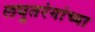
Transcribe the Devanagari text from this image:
लघुतरंगांच्या